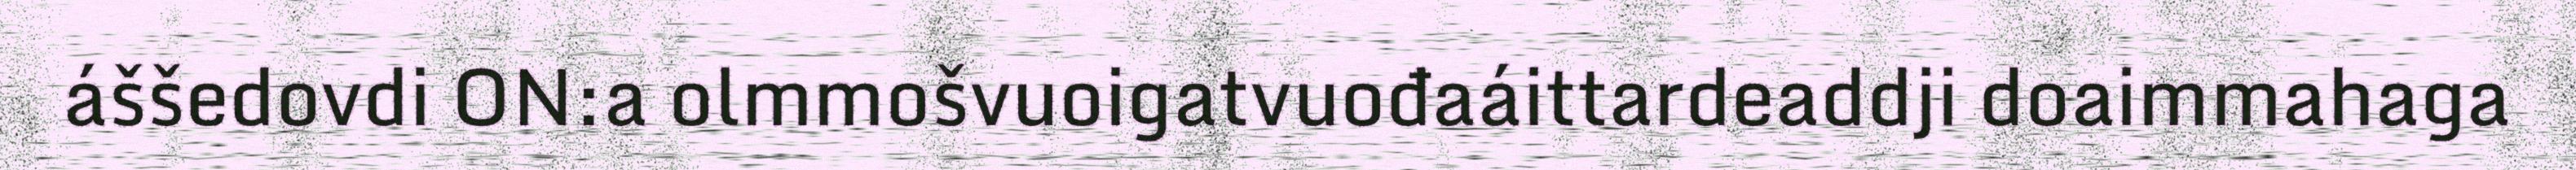
áššedovdi ON:a olmmošvuoigatvuođaáittardeaddji doaimmahaga